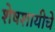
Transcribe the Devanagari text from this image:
शेषशायीचे